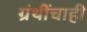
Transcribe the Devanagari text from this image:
ग्रंथींचाही